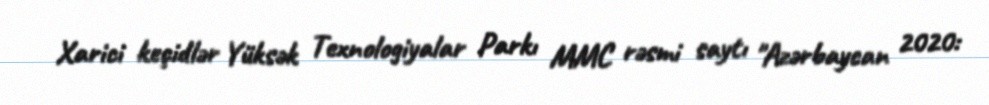
Xarici keçidlər Yüksək Texnologiyalar Parkı MMC rəsmi saytı "Azərbaycan 2020: